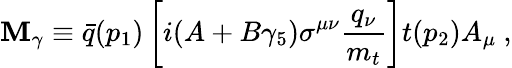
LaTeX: \mathbf{M}_{\gamma}\equiv\bar{{q}}(p_{1})\left[i(A+B\gamma_{5})\sigma^{\mu\nu}\frac{{q_{\nu}}}{{m_{t}}}\right]t(p_{2})A_{\mu}\ ,